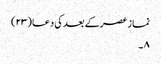
نماز عصرکے بعد کی دعا (۲۳)
۸ ۔